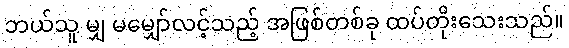
ဘယ်သူ မျှ မမျှော်လင့်သည့် အဖြစ်တစ်ခု ထပ်တိုးသေးသည်။